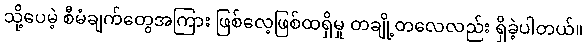
သို့ပေမဲ့ စီမံချက်တွေအကြား ဖြစ်လေ့ဖြစ်ထရှိမှု တချို့တလေလည်း ရှိခဲ့ပါတယ်။